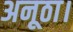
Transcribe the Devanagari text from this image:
अनूठा।